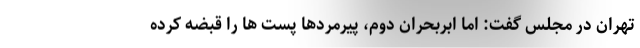
تهران در مجلس گفت: اما ابربحران دوم، پیرمردها پست ها را قبضه کرده